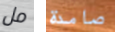
مل صامدة